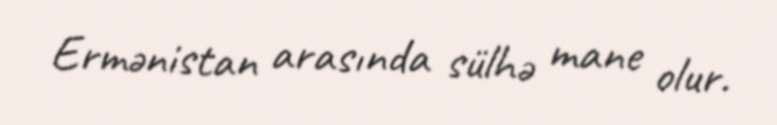
Ermənistan arasında sülhə mane olur.